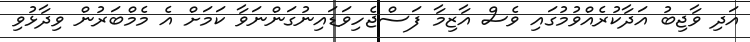
އަދި ވާޖިބު އަދާކުރެއްވުމުގައި ވެސް އާޒިމާ ފަސްޖެހިވަޑައިނުގަންނަވާ ކަމަށް އެ މެމްބަރުން ވިދާޅުވި